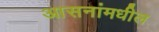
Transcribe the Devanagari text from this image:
आसनांमधील